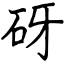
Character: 砑